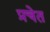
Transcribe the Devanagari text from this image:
प्रचेत